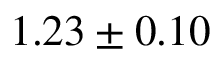
1 . 2 3 \pm 0 . 1 0